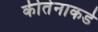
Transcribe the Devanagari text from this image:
कीर्तनाकडे